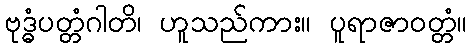
ဗုဒ္ဓံပတ္တံဂါတိ၊ ဟူသည်ကား။ ပူရာဇာဝတ္တံ။